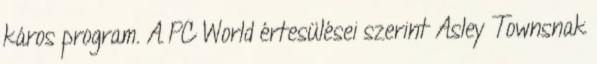
káros program. A PC World értesülései szerint Asley Townsnak